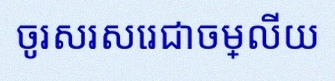
ចូរសរសេរជាចម្លើយ